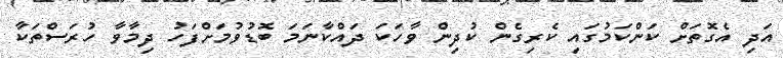
އަދި އެގޮތަށް ކަންކަމުގައި ކެރިގެން ކުދިން ވާހަކަ ދައްކާނަމަ ބޮޑުވުމަށްފަހު ދިމާވާ ހުރަސްތަކާ